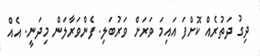
ދިގު ދަތުރެއް ކޮށްފަ އައިމަ ވަރަށް ވަރުބަލި. ފެންވަރާލަން މިދަނީ. އެއް